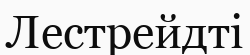
Лестрейдті